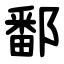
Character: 鄱